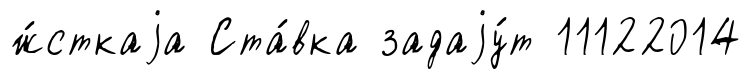
ж́сткаjа Ста́вка задаjу́т 11122014